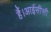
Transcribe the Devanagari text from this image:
हैं।आईसीसी